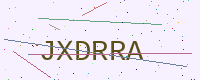
Text: JXDRRA